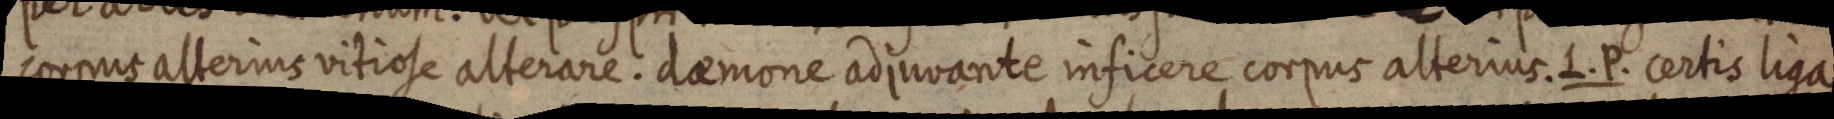
corpus alterius vitiose alterare. daemone adjurante inficere corpus alterius. L. P. certis liga